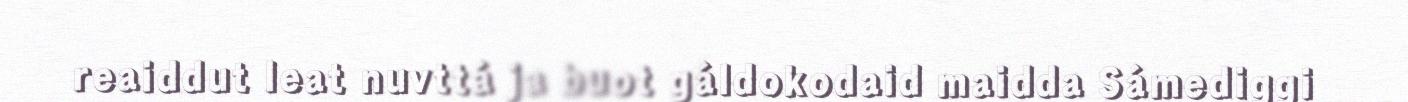
reaiddut leat nuvttá ja buot gáldokodaid maidda Sámediggi